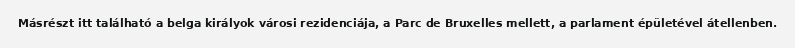
Másrészt itt található a belga királyok városi rezidenciája, a Parc de Bruxelles mellett, a parlament épületével átellenben.